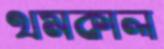
থমকাল